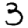
Digit: 3